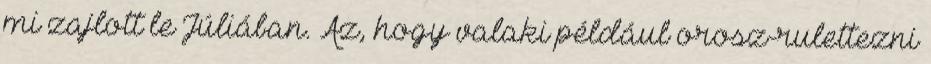
mi zajlott le Júliában. Az, hogy valaki például orosz-rulettezni